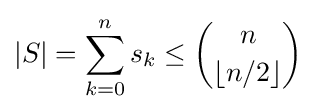
|S|=\sum _{k=0}^{n}s_{k}\leq {n \choose \lfloor {n/2}\rfloor }